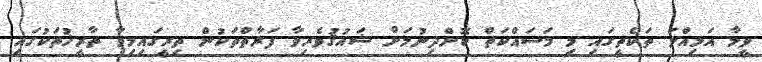
ވީމާ އަމިއްލަ ތަކެތީގައި މި މަސައްކަތް ކޮށްދިނުމަށް ޝައުޤުވެރިވާ ފަރާތްތަކުން ތިރީގައިމިވާ ތާރީޚުތަކުގައި